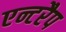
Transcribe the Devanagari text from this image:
एन्टरैप